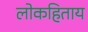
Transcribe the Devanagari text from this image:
लोकहिताय